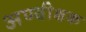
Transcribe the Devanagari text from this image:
अण्वीक्षक